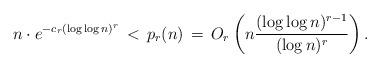
LaTeX: \begin{align*}n\cdot e^{-c_r (\log\log n)^{r}} \, < \, p_{r}(n) \, = \, O_{r}\left(n\frac{(\log\log n)^{r-1}}{(\log n)^{r}}\right).\end{align*}